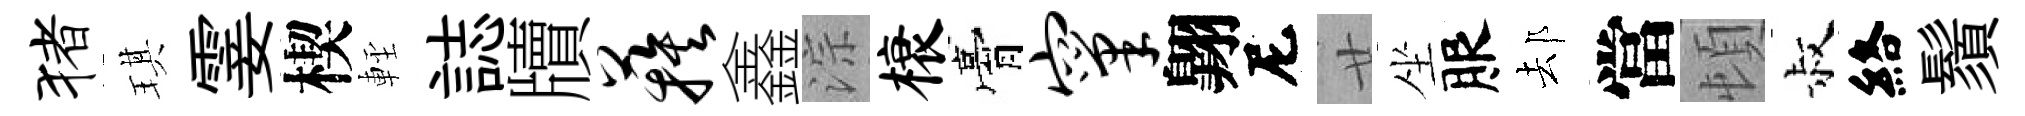
猪琪霎楔䡖誌牘蔟鑫淙榱膏窠翺尼廿坐服𨚫當頓叔絡鬚